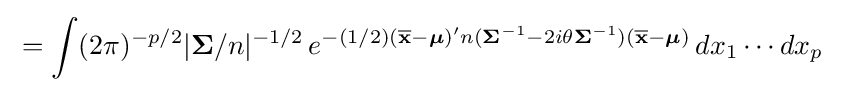
{\begin{aligned}&=\int (2\pi )^{-p/2}|{\boldsymbol {\Sigma }}/n|^{-1/2}\,e^{-(1/2)({\overline {\mathbf {x} }}-{\boldsymbol {\mu }})'n({\boldsymbol {\Sigma }}^{-1}-2i\theta {\boldsymbol {\Sigma }}^{-1})({\overline {\mathbf {x} }}-{\boldsymbol {\mu }})}\,dx_{1}\cdots dx_{p}\end{aligned}}